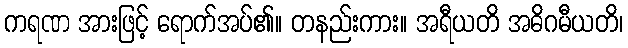
ကရဏ အားဖြင့် ရောက်အပ်၏။ တနည်းကား။ အရီယတိ အဓိဂမီယတိ၊